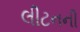
લીટનની